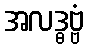
အလဒ္ဓဗ္ဗံ